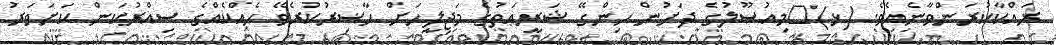
ރައްކާކުރަންވާނެއެވެ. (ޅ)	މިއުޞޫލުގެ ދަށުން ހިންގޭ ޝަރީޢަތުގެ މަޖިލީހަށް ޙާޟިރުކުރެވޭ ހެއްކެއްގެ ސިއްރުކަން ކަށަވަރު